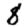
Digit: 8